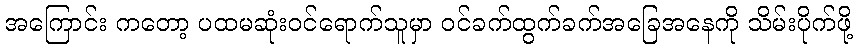
အကြောင်း ကတော့ ပထမဆုံးဝင်ရောက်သူမှာ ဝင်ခက်ထွက်ခက်အခြေအနေကို သိမ်းပိုက်ဖို့